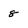
Character: 8